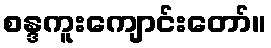
စန္ဒကူးကျောင်းတော်။